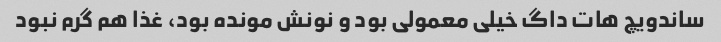
ساندویچ هات داگ خیلی معمولی بود و نونش مونده بود، غذا هم گرم نبود